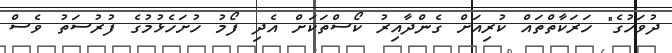
ދުވަހުގެ" ހަރަކާތްތައް ކުރިއަށް ގެންދާއިރު ކޯސްތަކަށް އެދި ފޯމު ހުށަހެޅުމުގެ ފުރުސަތު ވެސް